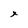
Character: x